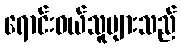
ရောင်းဝယ်သူများသည်